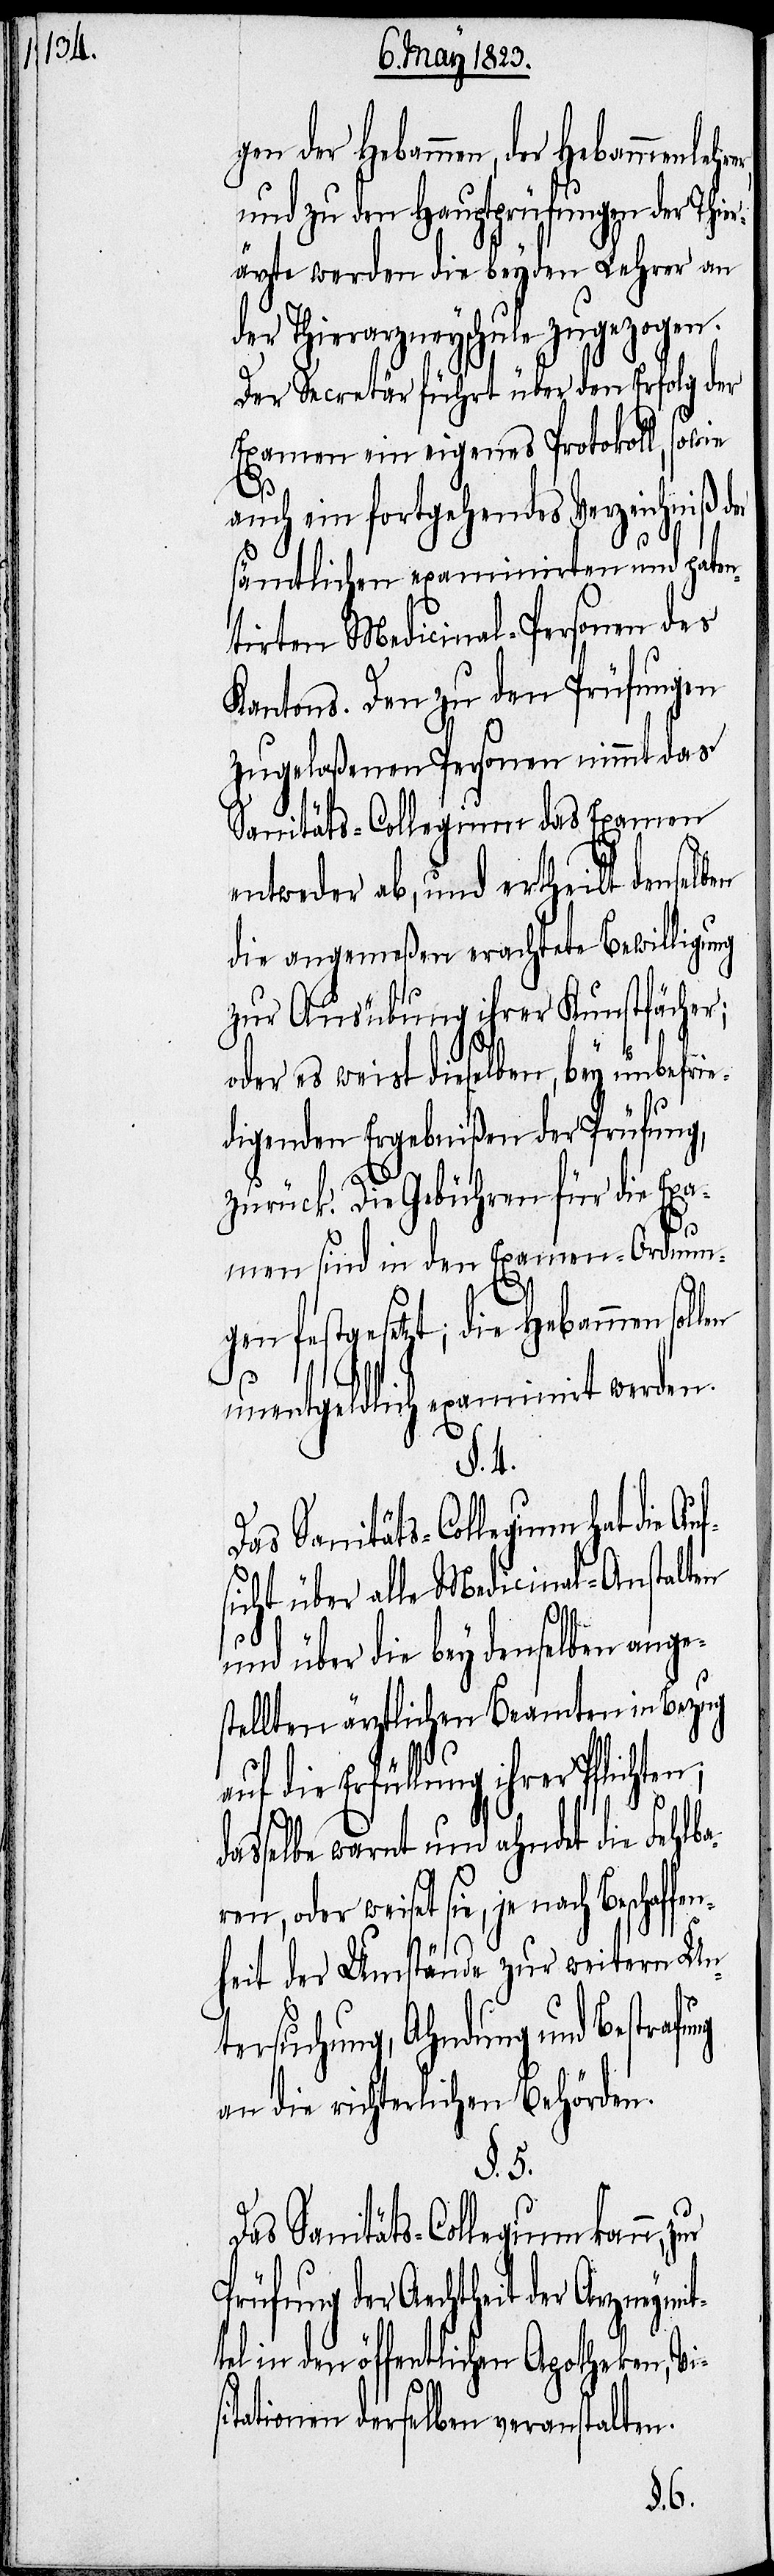
gen der Hebammen, der Hebammenleh¬
und zu den Hauptprüfungen der Thie¬
rärzte werden die beyden Lehrer an
der Thierarzneyschule zugezogen.
Der Secretär führt über den Erfolg der
Examen ein eigenes Protokoll, sowie
auch ein fortgehendes Verzeichniß der
sämtlichen examinirten und paten¬
tirten Medicinal-Personen des
Kantons. Den zu den Prüfungen
zugelaßenen Personen nimmt das
Sanitäts-Collegium das Examen
entweder ab, und ertheilt denselben
die angemeßen erachtete Bewilligung
zur Ausübung ihrer Kunstfächer;
oder es weist dieselben, bey unbefrie¬
digenden Ergebnißen der Prüfung,
zurück. Die Gebühren für die Exa¬
men sind in den Examen-Ordnun¬
gen festgesetzt; die Hebammen sol¬
si¬
unentgeldlich examinirt werden.
ren,
Das Sanitäts-Collegium hat die Au¬
sicht über alle Medicinal-Anstalten
und über die bey denselben ange¬
stellten ärztlichen Beamten in Bezug
auf die Erfüllung ihrer Pflichten;
dasselbe warnt und ahndet die Fehlba¬
weiset sie, je nach Beschaffe¬
nheit der Umstände zur weitern Unt¬
ersuchung, Ahndung und Bestrafung
an die richterlichen Behörden.
§. 5.
Das Sanitäts-Collegium kann,
Prüfung der Aechtheit der Arzney¬
tel in den öffentlichen Apotheken, Vi¬
tationen derselben veranstalten.